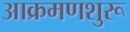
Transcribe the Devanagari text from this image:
आक्रमणशुरू